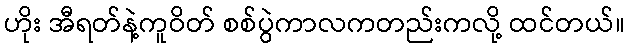
ဟိုး အီရတ်နဲ့ကူဝိတ် စစ်ပွဲကာလကတည်းကလို့ ထင်တယ်။